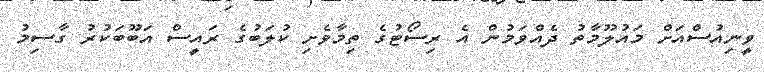
ވީނިއުސްއަށް މައުލޫމާތު ދެއްވަމުން އެ ރިސޯޓުގެ ތިމާވެށި ކުލަބުގެ ރައީސް އަބޫބަކުރު ގާސިމު